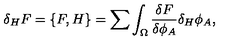
\delta _ { H } F = \{ F , H \} = \sum \int _ { \Omega } { \frac { \delta F } { \delta \phi _ { A } } } \delta _ { H } \phi _ { A } ,